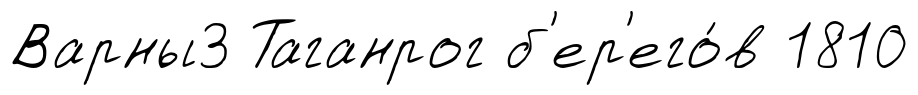
Варны3 Таганрог б'ер'его́в 1810